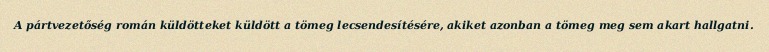
A pártvezetőség román küldötteket küldött a tömeg lecsendesítésére, akiket azonban a tömeg meg sem akart hallgatni.